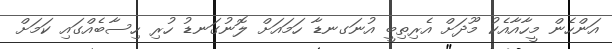
އަންހެން މީހާއާއެކު މޫދަށް އެރިތިބީ އުނަގނޑާ ހަމައަށް ލޮނުގަނޑު ހުރި ހިސާބެއްގައި ކަމަށް